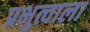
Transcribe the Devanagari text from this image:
प्रभुत्वाला